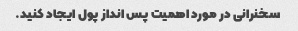
سخنرانی در مورد اهمیت پس انداز پول ایجاد کنید.